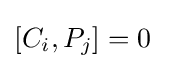
[C_{i},P_{j}]=0~